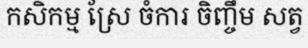
កសិកម្ម ស្រែ ចំការ ចិញ្ចឹម សត្វ